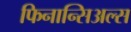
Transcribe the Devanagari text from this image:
फिनान्सिअल्स